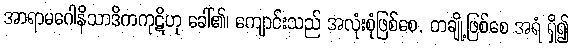
အာရာမဂေါနိသာဒိကကုဋိဟု ခေါ်၏၊ ကျောင်းသည် အလုံးစုံဖြစ်စေ, တချို့ဖြစ်စေ အရံ ရှိ၍